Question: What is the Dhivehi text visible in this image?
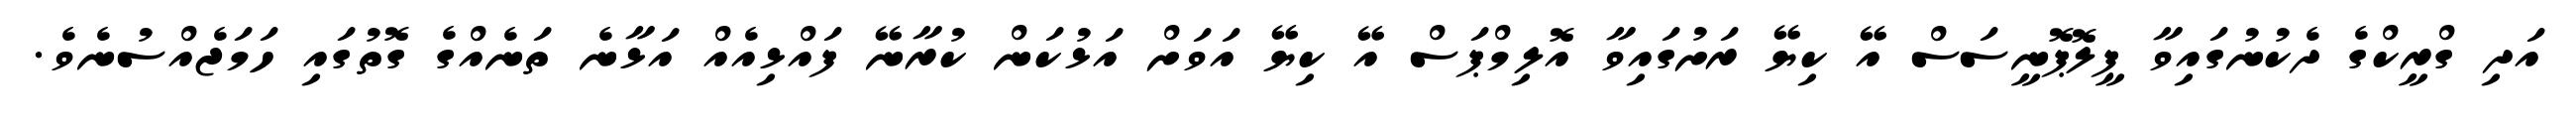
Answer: އަދި ގްރީކްގެ ދެކުނުގައިވާ ޕީލޮޕޮނީސަސް އޭ ކިޔޭ ރަށުގައިވާ އޮލިމްޕަސް އޭ ކިޔޭ އަވަށް އަޅުކަން ކުރާނޭ ފައްޅިއެއް އަޅާނެ ތަނެއްގެ ގޮތުގައި ހަމަޖެއްސުނެވެ.